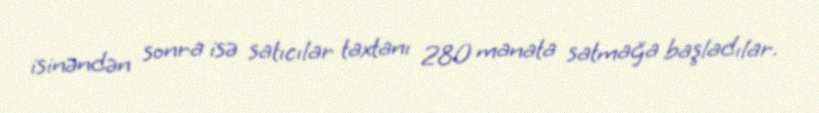
isinəndən sonra isə satıcılar taxtanı 280 manata satmağa başladılar.